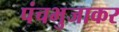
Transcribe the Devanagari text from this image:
पंचभुजाकर